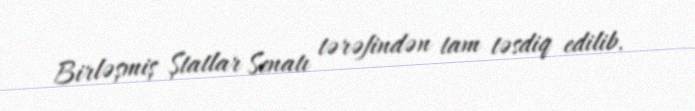
Birləşmiş Ştatlar Senatı tərəfindən tam təsdiq edilib.